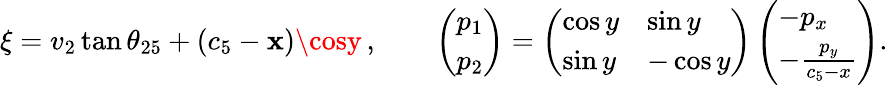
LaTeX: \xi=v_{2}\tan\theta_{25}+(c_{5}-\mathbf{x})\cosy\, ,\qquad\left(\begin{array}{l}{p_{1}}\\ {p_{2}}\end{array}\right)=\left(\begin{array}{ll}{\cos y}&{\sin y}\\ {\sin y}&{-\cos y}\end{array}\right)\left(\begin{array}{l}{-p_{x}}\\ {-\frac{p_{y}}{c_{5}-x}}\end{array}\right).